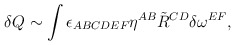
\begin{align*}\delta Q \sim \int \epsilon_{ABCDEF} \eta^{AB} \tilde R^{CD} \delta\omega^{EF},\end{align*}